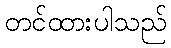
တင်ထားပါသည်